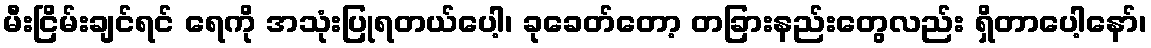
မီးငြိမ်းချင်ရင် ရေကို အသုံးပြုရတယ်ပေါ့၊ ခုခေတ်တော့ တခြားနည်းတွေလည်း ရှိတာပေါ့နော်၊